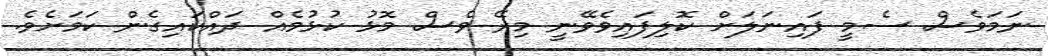
ނަމަވެސް ސެމީ ފައިނަލަށް ކޮލިފައިވެވޭނީ މިރޭ ވެސް މޮޅު ކުޅުމެއް ދައްކައިގެން ކަމަށެވެ.